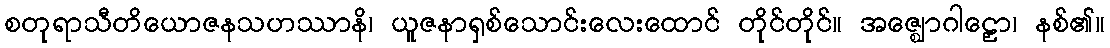
စတုရာသီတိယောဇနသဟဿာနိ၊ ယူဇနာရှစ်သောင်းလေးထောင် တိုင်တိုင်။ အဇ္ဈောဂါဠှော၊ နစ်၏။